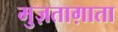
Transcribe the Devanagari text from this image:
मुज़ताग़ाता